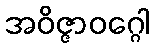
အဝိဇ္ဇာဝဂ္ဂေါ